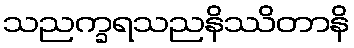
သညက္ခရသညနိဿိတာနိ